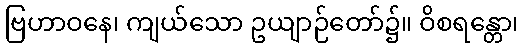
ဗြဟာဝနေ၊ ကျယ်သော ဥယျာဉ်တော်၌။ ဝိစရန္တော၊